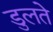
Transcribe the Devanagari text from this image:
डुलते